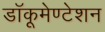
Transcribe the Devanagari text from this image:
डॉकूमेण्टेशन